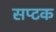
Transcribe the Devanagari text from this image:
सप्टक